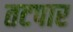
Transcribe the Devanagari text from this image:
तटपार